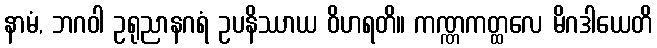
နာမံ, ဘဂဝါ ဥရုညာနဂရံ ဥပနိဿာယ ဝိဟရတိ။ ကဏ္ဏကတ္ထလေ မိဂဒါယေတိ